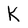
Character: K